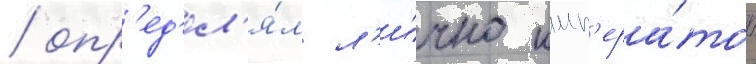
/ опр'ед'ел'я́л л'и́чно имп'ера́тор